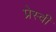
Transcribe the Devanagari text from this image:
प्रेस्वी